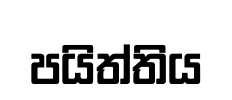
පයිත්තිය